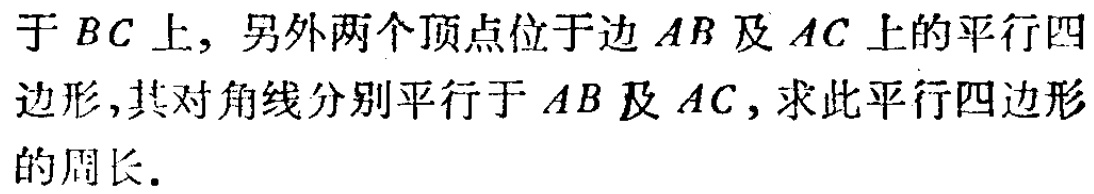
于 \(BC\) 上, 另外两个顶点位于边 \(AB\) 及 \(AC\) 上的平行四边形, 其对角线分别平行于 \(AB\) 及 \(AC\), 求此平行四边形的周长.